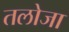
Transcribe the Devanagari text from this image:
तलोजा